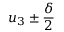
u _ { 3 } \pm \frac { \delta } { 2 }